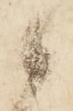
候